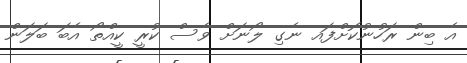
އެ ބިން ރަހުނުކޮށްފައ ނެގި ލޯނަށް ވެސް ކުރީ ކީއްތޯ އެބަ ބަލަން